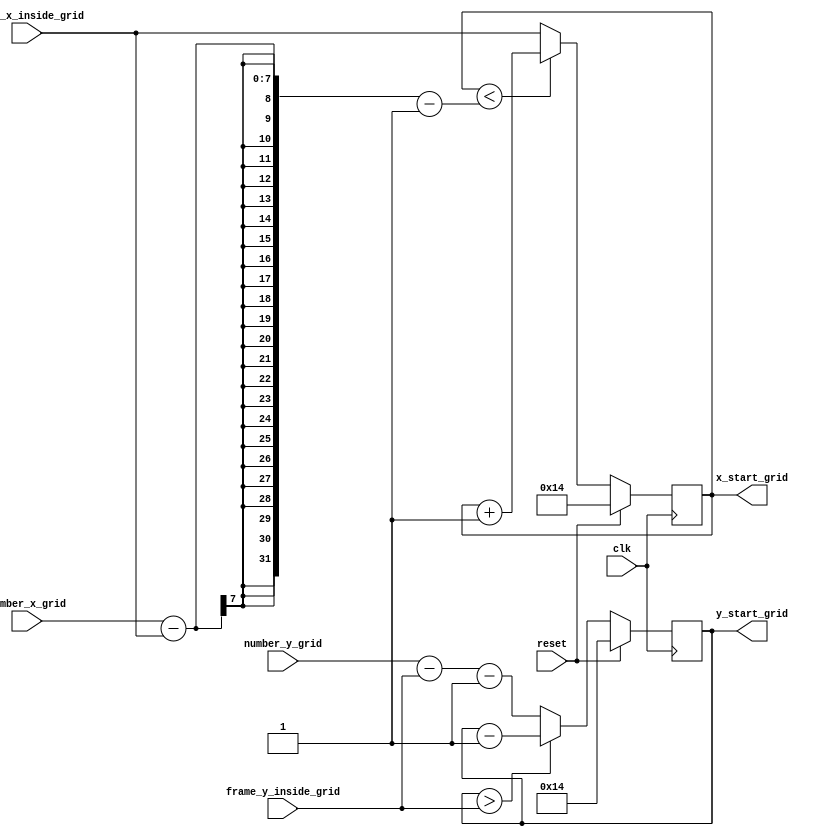
`timescale 1ns / 1ps
//////////////////////////////////////////////////////////////////////////////////
// Company: AGH
// 
// Design Name: 
// Module Name: random_coordinates
// Project Name: Entliczek pentliczek
// Target Devices: 
// Tool Versions: 
// Description: Wyznaczanie wsprzdnych jabka
// 
// Dependencies: 
// 
// Revision:
// Revision 0.01 - File Created
// Additional Comments:
// 
//////////////////////////////////////////////////////////////////////////////////


module random_coordinates(
    input wire clk,
    input wire reset,
    input wire [6:0] frame_x_inside_grid,
    input wire [5:0] frame_y_inside_grid,
    input wire [6:0] number_x_grid,
    input wire [5:0] number_y_grid,
    output reg [6:0] x_start_grid,
    output reg [5:0] y_start_grid
);

    reg [6:0] x_start_grid_nxt;
    reg [5:0] y_start_grid_nxt;

always@(posedge clk) begin
    if(reset) begin
        x_start_grid <= 20;
        y_start_grid <= 20;
    end
    else begin
        x_start_grid <= x_start_grid_nxt;
        y_start_grid <= y_start_grid_nxt;
    end
end

always@* begin
    if(x_start_grid < (number_x_grid - frame_x_inside_grid - 1))
        x_start_grid_nxt = x_start_grid + 1;
    else
        x_start_grid_nxt = frame_x_inside_grid;
end

always@* begin
    if(y_start_grid > frame_y_inside_grid)
        y_start_grid_nxt = y_start_grid - 1;
    else
        y_start_grid_nxt = number_y_grid - frame_y_inside_grid -1;
end

endmodule